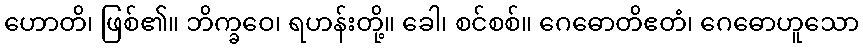
ဟောတိ၊ ဖြစ်၏။ ဘိက္ခဝေ၊ ရဟန်းတို့။ ခေါ၊ စင်စစ်။ ဂေဓောတိဧတံ၊ ဂေဓောဟူသော